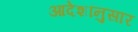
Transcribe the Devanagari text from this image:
आदेशांनुसार